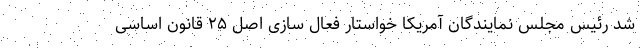
شد رئیس مجلس نمایندگان آمریکا خواستار فعال سازی اصل ۲۵ قانون اساسی